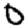
Digit: 0